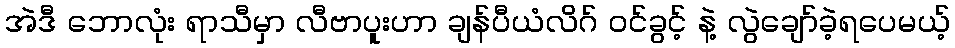
အဲဒီ ဘောလုံး ရာသီမှာ လီဗာပူးဟာ ချန်ပီယံလိဂ် ဝင်ခွင့် နဲ့ လွဲချော်ခဲ့ရပေမယ့်